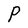
Character: P